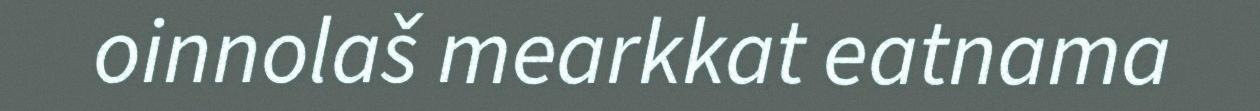
oinnolaš mearkkat eatnama